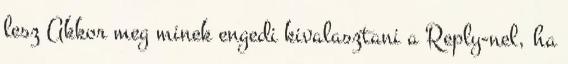
lesz Akkor meg minek engedi kivalasztani a Reply-nel, ha